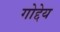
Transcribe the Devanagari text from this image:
गोद्देय